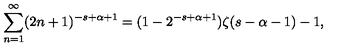
\sum _ { n = 1 } ^ { \infty } ( 2 n + 1 ) ^ { - s + \alpha + 1 } = ( 1 - 2 ^ { - s + \alpha + 1 } ) \zeta ( s - \alpha - 1 ) - 1 ,